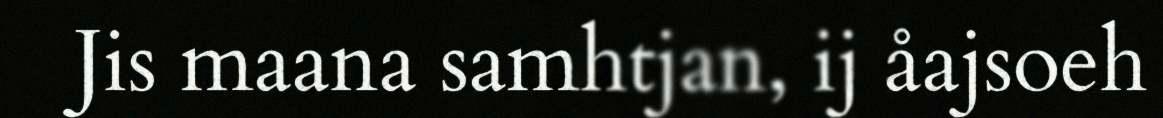
Jis maana samhtjan, ij åajsoeh